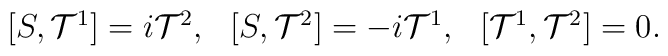
\begin{array}{lll}[S,{\cal T}^1]=i{\cal T}^2, & [S,{\cal T}^2]=-i{\cal T}^1, & [{\cal T}^1,{\cal T}^2]=0.\end{array}